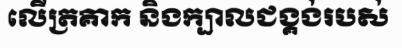
លើត្រគាក និងក្បាលជង្គង់របស់